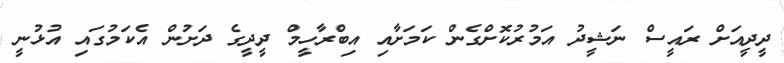
ދީދީއަށް ރައީސް ނަޝީދު އަމުރުކޮށްގެން ކަމަށާއި އިބްރާހީމް ދީދީގެ ދަށުން އެކަމުގައި އުޅުނީ